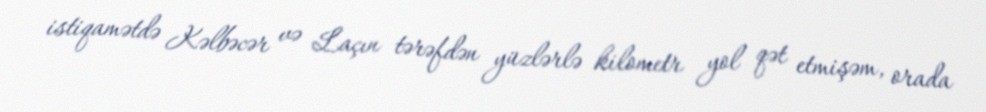
istiqamətdə Kəlbəcər və Laçın tərəfdən yüzlərlə kilometr yol qət etmişəm, orada